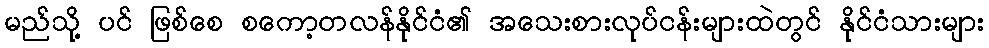
မည်သို့ ပင် ဖြစ်စေ စကော့တလန်နိုင်ငံ၏ အသေးစားလုပ်ငန်းများထဲတွင် နိုင်ငံသားများ